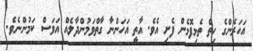
އަހަރެންގެ ހިތް ތެޅިފޮޅެން ފެށި އެވެ. އާތީ އަހަންނާ ގާތްވަމުންދާލެއް އަވަސް ކަމުންނެވެ.